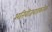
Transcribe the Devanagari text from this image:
अतिवीजवाहकतेवर